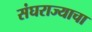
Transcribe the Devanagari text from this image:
संघराज्याचा